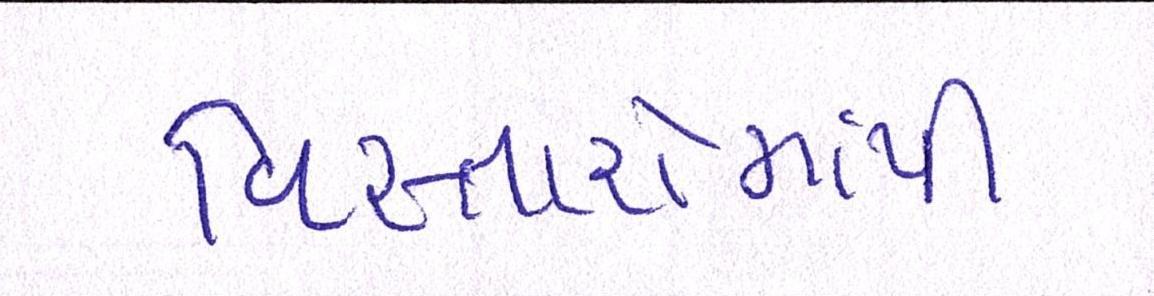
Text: વિસ્તારોમાંથી